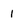
Character: 1